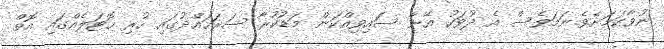
ނުވާކަމަށެވެ.ނަމަވެސް އެ ދުވަހު އޭނާ ސަައިވިއްކަން މަޑުކުރާ ސަރަހައްދުގައި ހުރި ހޮޓަލެއްގައި އޮތް